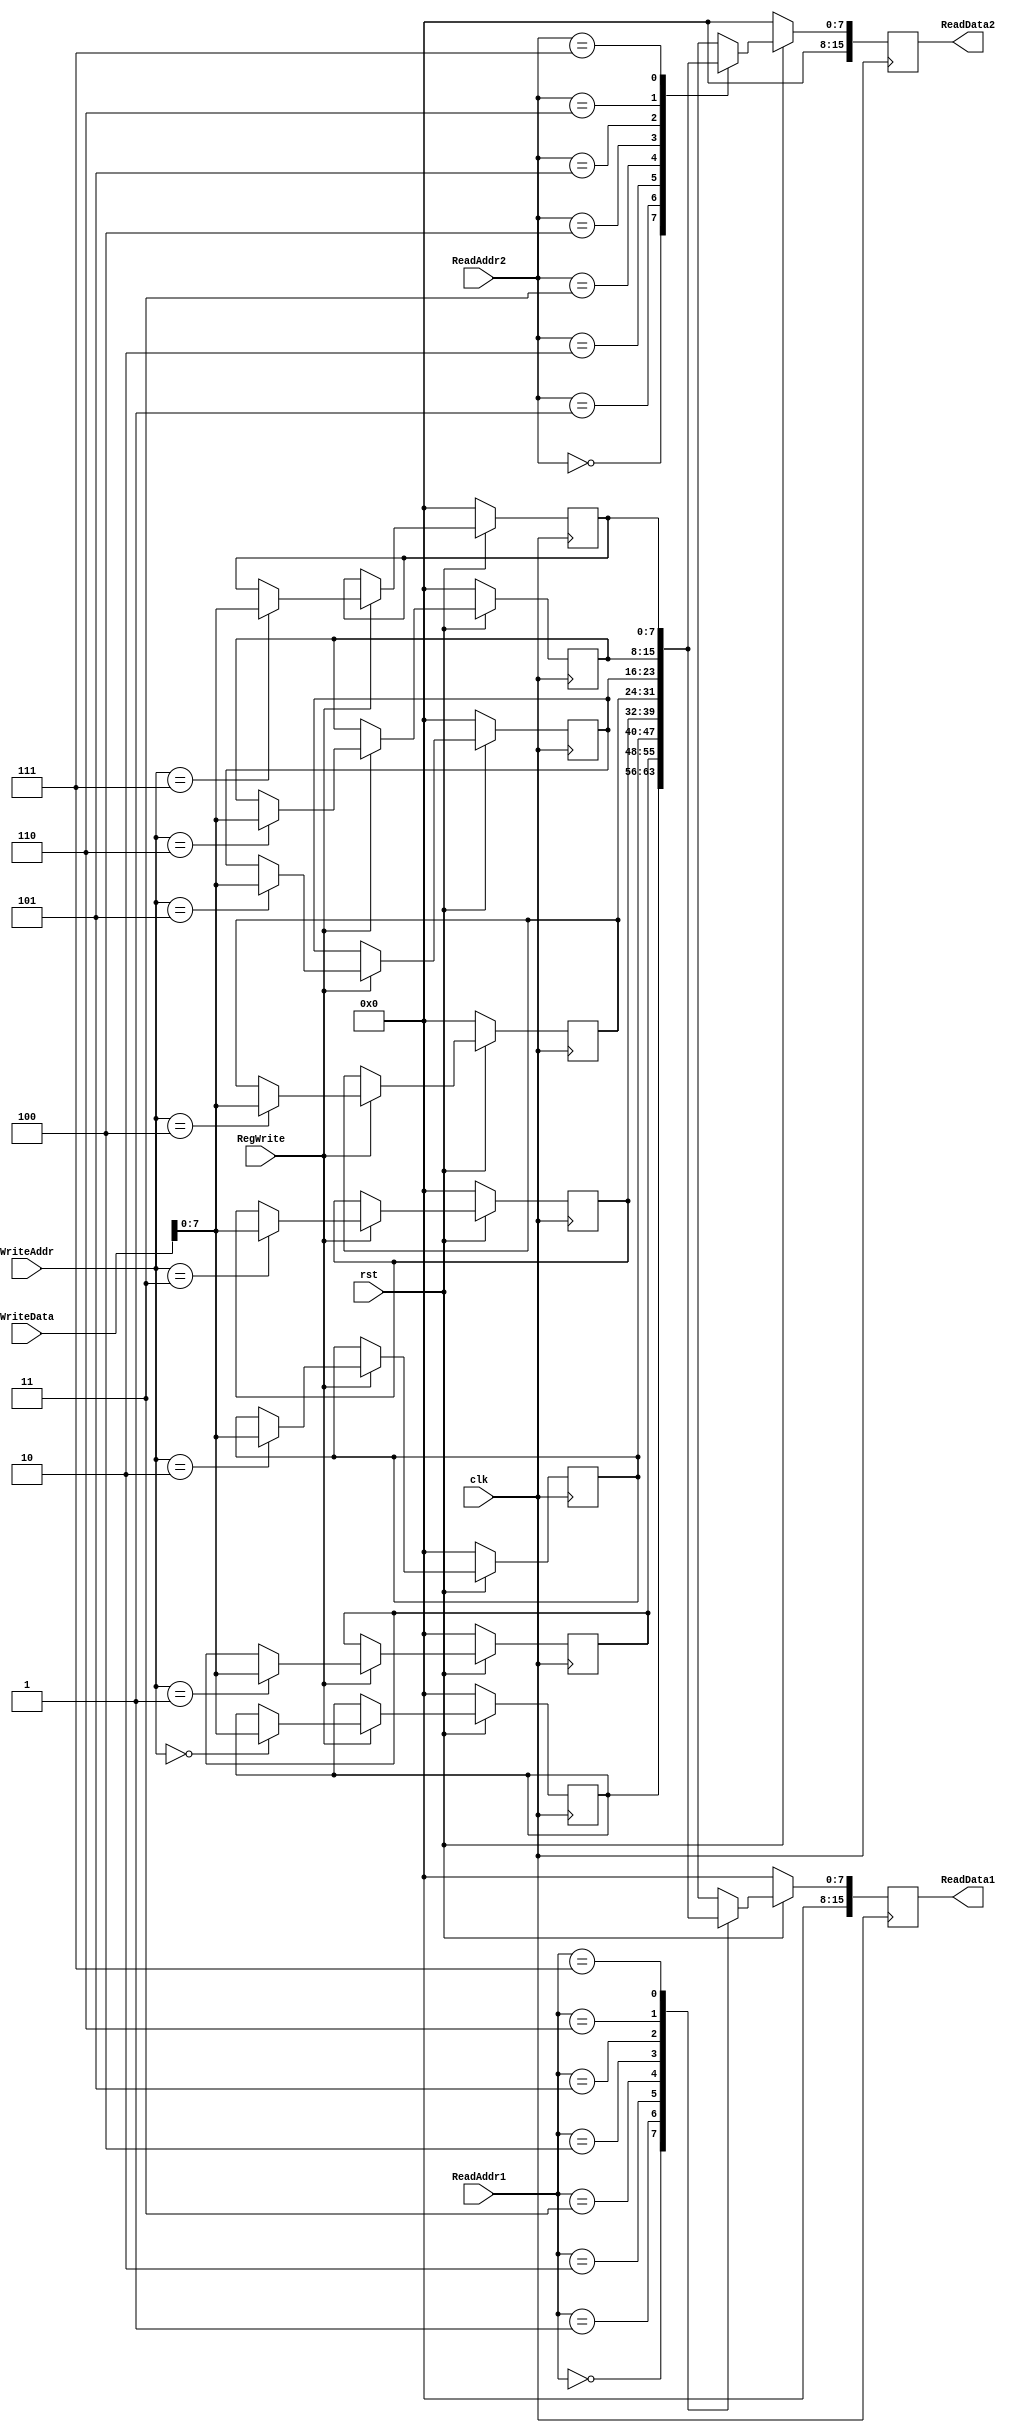
module register(
	input clk, rst,
	input RegWrite,
	input [2:0] ReadAddr1, ReadAddr2, WriteAddr,
	input [15:0] WriteData,
	output reg [15:0] ReadData1, ReadData2
	// ReadData1 -> rs , ReadData2 -> rt
	);
	
	reg [7:0] RegArry [15:0];
	integer i;
	
	always@(posedge clk) begin
	
		if(~rst) begin
			for(i=0; i<8; i=i+1) begin
				RegArry[i] = 16'h00;
				end
			ReadData1 <= 0;
			ReadData2 <= 0;
			end
			
		else begin
			case(RegWrite)			
				1'b0 : begin
						ReadData1 <= RegArry[ReadAddr1];
						ReadData2 <= RegArry[ReadAddr2];
						end
				
				1'b1 : begin					
						ReadData1 <= RegArry[ReadAddr1];
						ReadData2 <= RegArry[ReadAddr2];
						RegArry[WriteAddr] <= WriteData;
						end
				default : begin
						ReadData1 <= RegArry[0];
						ReadData2 <= RegArry[0];
						end
				endcase
			end
					
			
	end	
endmodule